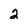
Character: 2